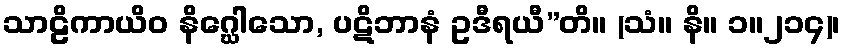
သာဠိကာယိဝ နိဂ္ဃေါသော, ပဋိဘာနံ ဥဒီရယီ”တိ။ (သံ။ နိ။ ၁။၂၁၄)၊